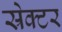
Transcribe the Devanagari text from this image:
स्रेक्टर